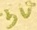
Text: 5V